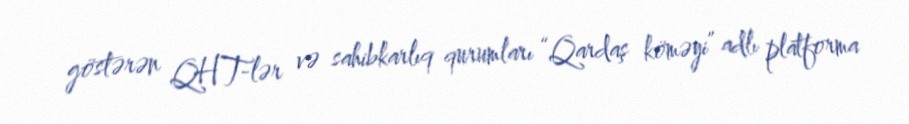
göstərən QHT-lər və sahibkarlıq qurumları “Qardaş köməyi” adlı platforma